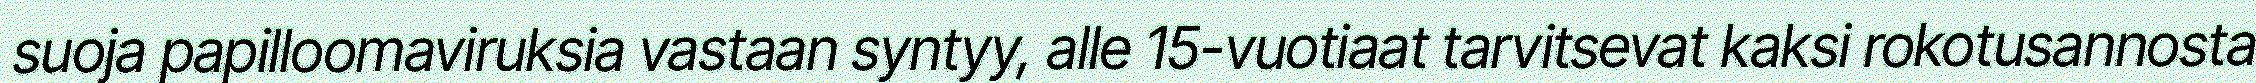
suoja papilloomaviruksia vastaan syntyy, alle 15-vuotiaat tarvitsevat kaksi rokotusannosta